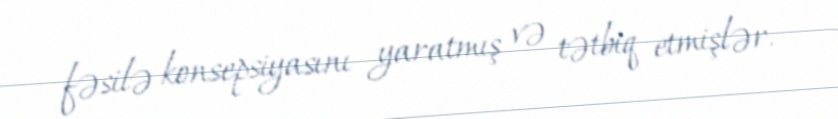
fəsilə konsepsiyasını yaratmış və tətbiq etmişlər.